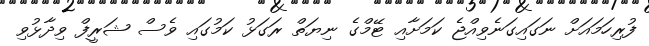
ފުރިހަމައަށް ނަގައިގަނެވިއްޖެ ކަމަށާއި ޓޭމްގެ ނިޔަތް ރަަގަޅު ކަމުގައި ވެސް ޝަރީފް ވިދާޅުވި